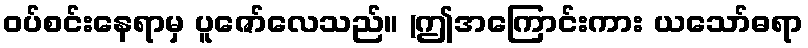
ဝပ်စင်းနေရာမှ ပူဇော်လေသည်။ (ဤအကြောင်းကား ယသော်ဓရာ